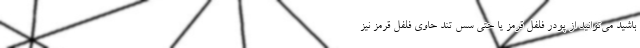
باشید می‌توانید از پودر فلفل قرمز یا حتی سس تند حاوی فلفل قرمز نیز